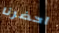
احضرنا